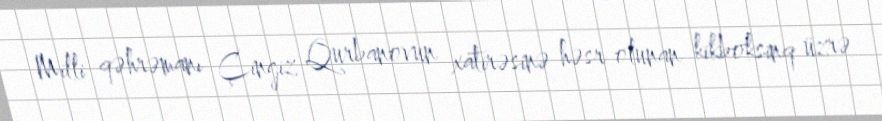
Milli qəhrəmanı Çingiz Qurbanovun xatirəsinə həsr olunan kikboksinq üzrə